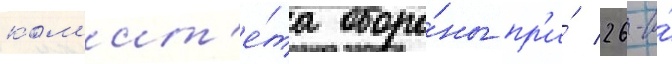
ком'ит'е́та оборо́ны пр'и́ 26-и́